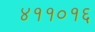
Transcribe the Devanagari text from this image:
४११०१६